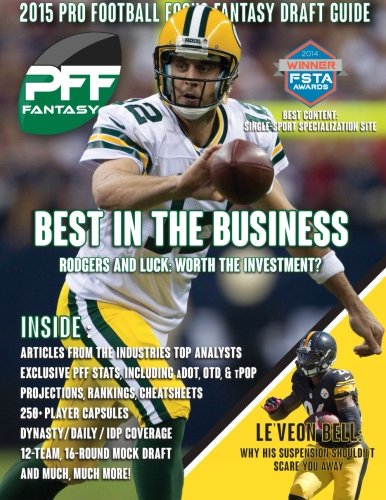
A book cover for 2015 Pro Football Focus Fantasy Draft Guide; Mike Clay; Humor & Entertainment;